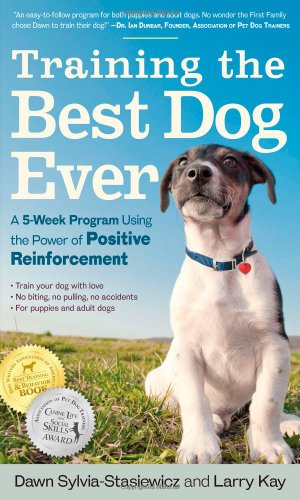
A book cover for Training the Best Dog Ever: A 5-Week Program Using the Power of Positive Reinforcement; Larry Kay; Crafts, Hobbies & Home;